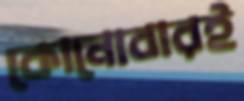
কোনোবারই